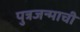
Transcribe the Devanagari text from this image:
पुत्रजन्माची